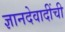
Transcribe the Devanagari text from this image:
ज्ञानदेवादींची